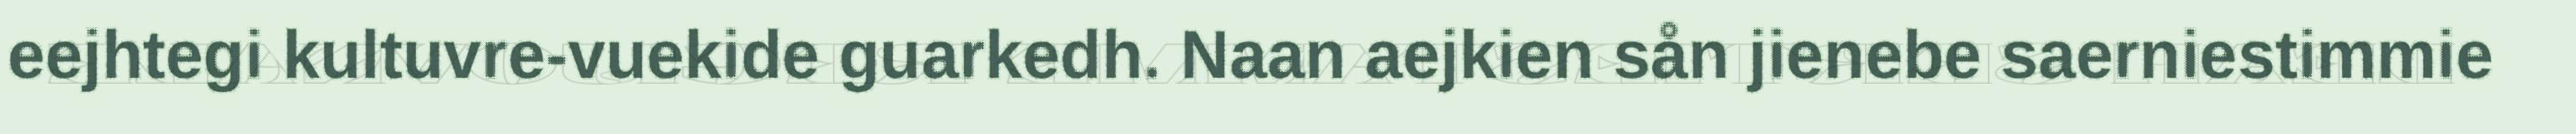
eejhtegi kultuvre-vuekide guarkedh. Naan aejkien sån jienebe saerniestimmie